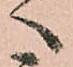
へ